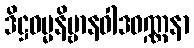
ဒိဋ္ဌဓမ္မနိဗ္ဗာနဝါဒဝဏ္ဏနာ